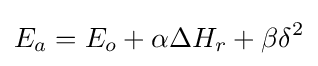
E_{a}=E_{o}+\alpha \Delta H_{r}+\beta \delta ^{2}